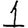
Digit: 1